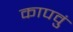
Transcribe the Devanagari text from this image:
कापवुं